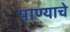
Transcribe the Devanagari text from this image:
पाण्‍याचे